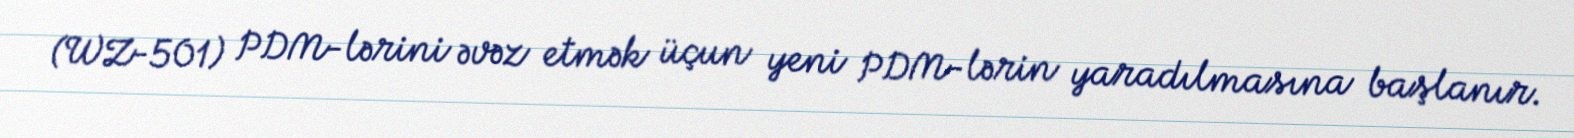
(WZ-501) PDM-lərini əvəz etmək üçun yeni PDM-lərin yaradılmasına başlanır.